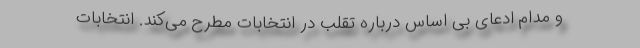
و مدام ادعای بی اساس درباره تقلب در انتخابات مطرح می‌کند. انتخابات